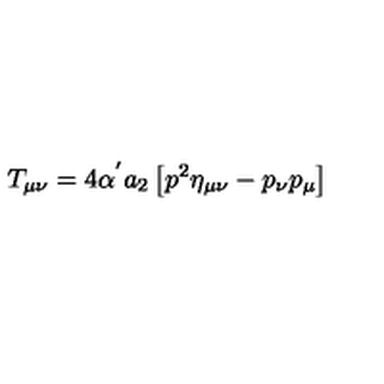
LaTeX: T _ { \mu \nu } = 4 \alpha ^ { ' } a _ { 2 } \left[ p ^ { 2 } \eta _ { \mu \nu } - p _ { \nu } p _ { \mu } \right]